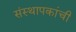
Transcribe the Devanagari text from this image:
संस्थापकांची